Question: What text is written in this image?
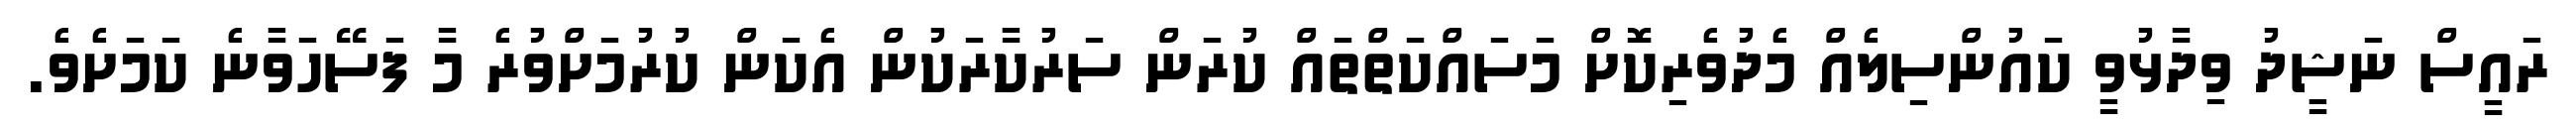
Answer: ރައީސް ނަޝީދު ވިދާޅުވީ ކައުންސިލެއް މެދުވެރިކޮށް މަސައްކަތްތައް ކުރަން ސަރުކާރަކުން އެކަން ކުރުމަށްވުރެ މާ ފަސޭހަވާނެ ކަމަށެވެ.